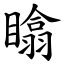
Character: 䁯